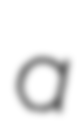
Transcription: a